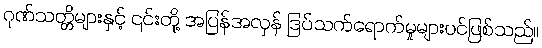
ဂုဏ်သတ္တိများနှင့် ၎င်းတို့ အပြန်အလှန် ဒြပ်သက်ရောက်မှုများပင်ဖြစ်သည်။